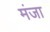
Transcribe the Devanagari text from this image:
मंजा